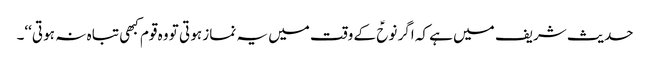
حدیث شریف میں ہے کہ اگر نوحؑ کے وقت میں یہ نماز ہو تی تو وہ قوم کبھی تبا ہ نہ ہو تی‘‘۔